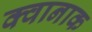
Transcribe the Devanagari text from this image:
क्वानाक